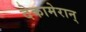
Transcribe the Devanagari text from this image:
देकामेरान्